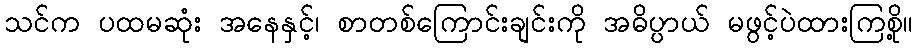
သင်က ပထမဆုံး အနေနှင့်၊ စာတစ်ကြောင်းချင်းကို အဓိပ္ပာယ် မဖွင့်ပဲထားကြစို့။